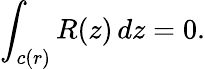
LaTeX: \int_{c(r)}R(z)\, dz=0.